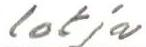
lotja